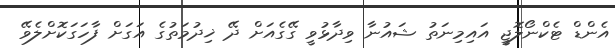
އެންޑް ޓެކްނޯލޮޖީ އައިމިނަތު ޝައުނާ ވިދާޅުވީ ގޭގެއަށް ދޭ ޚިދުމަތުގެ އަގަށް ފާހަގަކޮށްލެވޭ